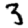
Digit: 3